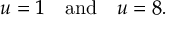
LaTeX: u = 1 \quad { \mathrm { a n d } } \quad u = 8 .